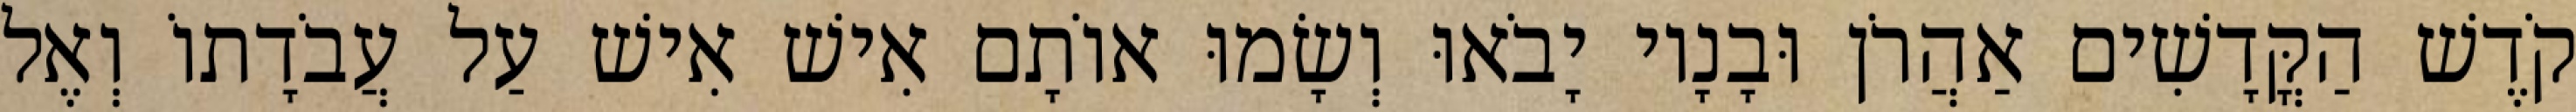
קֹדֶשׁ הַקֳּדָשִׁים אַהֲרֹן וּבָנָיו יָבֹאוּ וְשָׂמוּ אוֹתָם אִישׁ אִישׁ עַל עֲבֹדָתוֹ וְאֶל